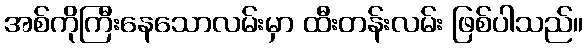
အစ်ကိုကြီးနေသောလမ်းမှာ ထီးတန်းလမ်း ဖြစ်ပါသည်။